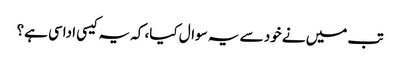
تب میں نے خود سے یہ سوال کیا، کہ یہ کیسی اداسی ہے؟